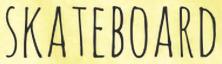
SKATEBOARD